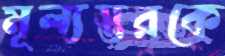
মূল্যস্তরকে